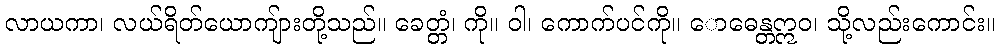
လာယကာ၊ လယ်ရိတ်ယောကျ်ားတို့သည်။ ခေတ္တံ၊ ကို။ ဝါ၊ ကောက်ပင်ကို။ ောဓေန္တဣဝ၊ သို့လည်းကောင်း။